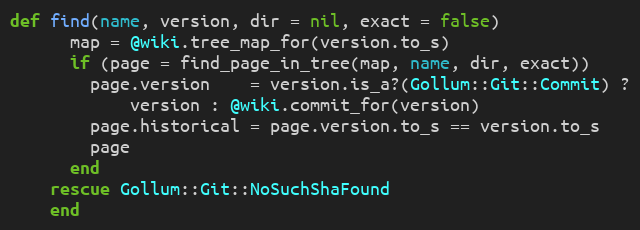
Language: Ruby
def find(name, version, dir = nil, exact = false)
      map = @wiki.tree_map_for(version.to_s)
      if (page = find_page_in_tree(map, name, dir, exact))
        page.version    = version.is_a?(Gollum::Git::Commit) ?
            version : @wiki.commit_for(version)
        page.historical = page.version.to_s == version.to_s
        page
      end
    rescue Gollum::Git::NoSuchShaFound
    end